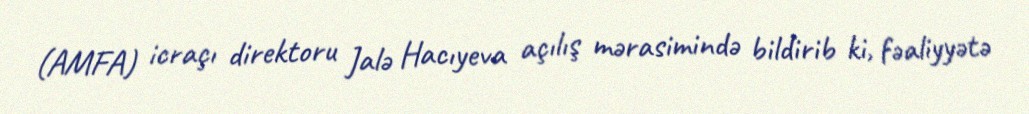
(AMFA) icraçı direktoru Jalə Hacıyeva açılış mərasimində bildirib ki, fəaliyyətə